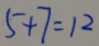
5 + 7 = 1 2